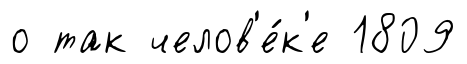
о так челов'е́к'е 1809